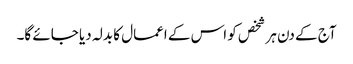
آج کے دن ہر شخص کو اس کے اعمال کا بدلہ دیا جائے گا۔